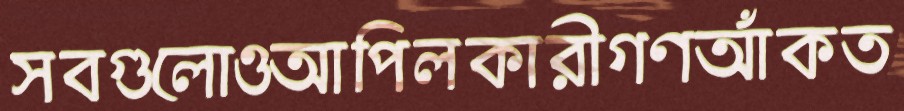
সবগুলোওআপিলকারীগণআঁকত